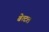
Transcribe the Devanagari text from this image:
बेत्टल